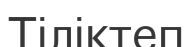
Тіліктеп